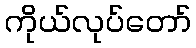
ကိုယ်လုပ်တော်